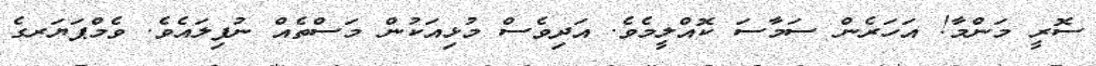
ސޮރީ މަންމާ! އަހަރެން ސަމާސަ ކޮއްލީމެވެ. އަދިވެސް މުޅިއަކުން މަސްތެއް ނުފިލައެވެ. ވެމްޕަޔަރގެ